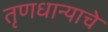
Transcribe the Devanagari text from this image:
तृणधान्याचे